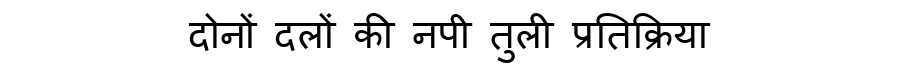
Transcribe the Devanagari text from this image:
दोनों दलों की नपी तुली प्रतिक्रिया